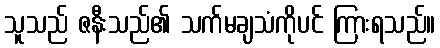
သူသည် ဇနီးသည်၏ သက်မချသံကိုပင် ကြားရသည်။